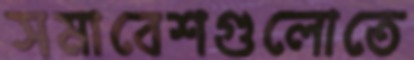
সমাবেশগুলোতে